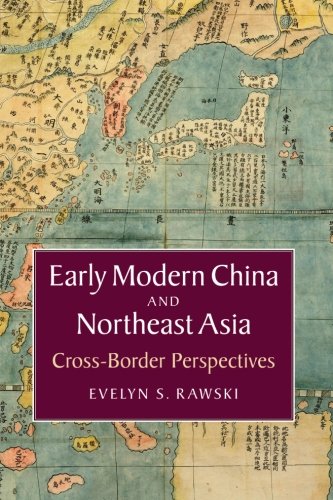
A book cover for Early Modern China and Northeast Asia: Cross-Border Perspectives (Asian Connections); Evelyn S. Rawski; History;